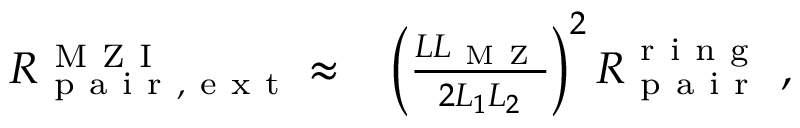
\begin{array} { r l } { R _ { \mathrm { ~ p ~ a ~ i ~ r ~ , ~ e ~ x ~ t ~ } } ^ { \mathrm { ~ M ~ Z ~ I ~ } } \approx } & { { } \left( \frac { L L _ { \mathrm { ~ M ~ Z ~ } } } { 2 L _ { 1 } L _ { 2 } } \right) ^ { 2 } R _ { \mathrm { ~ p ~ a ~ i ~ r ~ } } ^ { \mathrm { ~ r ~ i ~ n ~ g ~ } } \ , } \end{array}